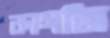
কাগজি